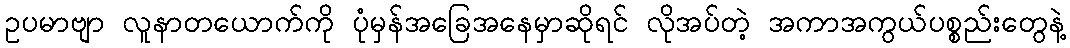
ဥပမာဗျာ လူနာတယောက်ကို ပုံမှန်အခြေအနေမှာဆိုရင် လိုအပ်တဲ့ အကာအကွယ်ပစ္စည်းတွေနဲ့